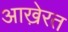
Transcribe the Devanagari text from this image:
आखे़रत